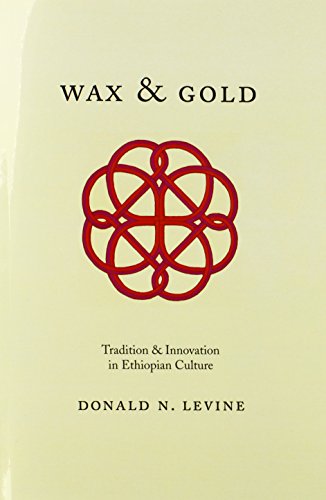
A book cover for Wax and Gold: Tradition and Innovation in Ethiopian Culture; Donald N. Levine; History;